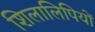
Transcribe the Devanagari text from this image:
शिलालिपियों